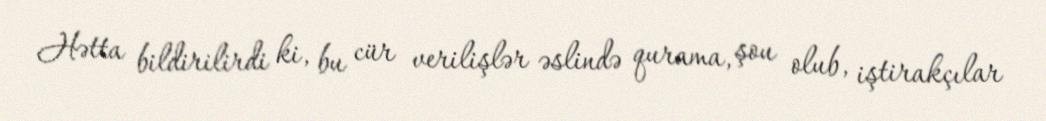
Hətta bildirilirdi ki, bu cür verilişlər əslində qurama, şou olub, iştirakçılar